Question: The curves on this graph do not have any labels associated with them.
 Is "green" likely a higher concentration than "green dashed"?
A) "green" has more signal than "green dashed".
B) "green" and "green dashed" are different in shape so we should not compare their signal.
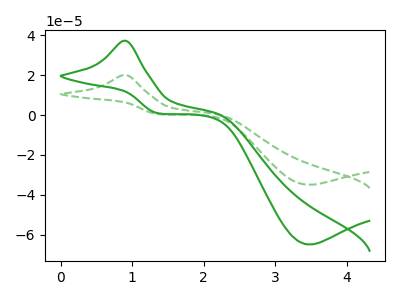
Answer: <think>The green curve "green" has an anodic peak at (0.90V, 37.30uA) and a cathodic peak at (3.45V, -64.90uA). The green dashed curve "green dashed" has an anodic peak at (0.90V, 20.10uA) and a cathodic peak at (3.45V, -34.95uA).
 All the peaks in "green" have a peak in "green dashed" at the same potential. Every peak in "green" is higher than every peak in "green dashed".</think>
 <answer>A) "green" has more signal than "green dashed".</answer>
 <eval>A</eval>